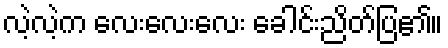
လဲ့လဲ့က လေးလေးလေး ခေါင်းညိတ်ပြ၏။